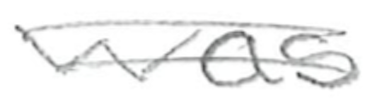
Text: was
Cross-out: double-line
Writing tool: pencil